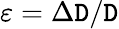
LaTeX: \varepsilon=\Delta\mathtt{D}/\mathtt{D}